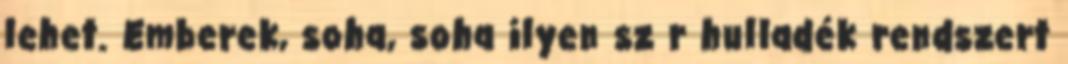
lehet. Emberek, soha, soha ilyen sz r hulladék rendszert